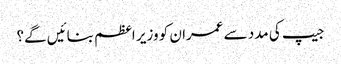
جیپ کی مدد سے عمران کو وزیر اعظم بنائیں گے؟